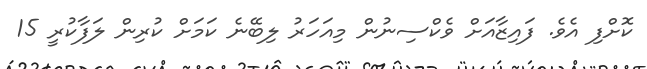
ކޮށްފި އެވެ. ފައިޒާއަށް ވެކްސިނުން މިއަހަރު ލިބޭނެ ކަމަށް ކުރިން ލަފާކުރީ 15